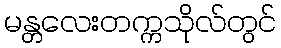
မန္တလေးတက္ကသိုလ်တွင်